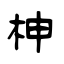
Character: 柛